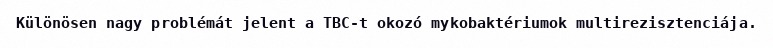
Különösen nagy problémát jelent a TBC-t okozó mykobaktériumok multirezisztenciája.